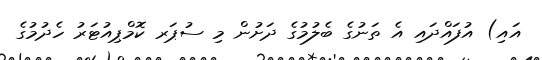
އައި) އުފައްދައި އެ ތަނުގެ ބެލުމުގެ ދަށުން މި ސުޕަރ ކޮމްޕިއުޓަރު ހެދުމުގެ